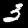
Label: 3